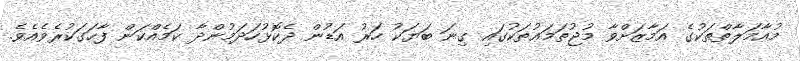
މުޢާމަލާތްތަކުގެ އަމާޒަށްވާ މުޖުތަމަޢުތަކުގައި ގިނަ ބަޔަކު ހަރު އަޑުން ދެކޮޅުހަދަމުންދާ ކަމެއްކަން ފާހަގަކުރެވެއެވެ.